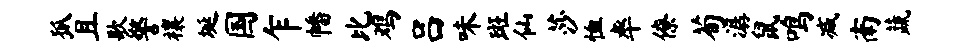
狐且歌警禳埏国乍幡比鸡吕味斑仙莎恤率僚荀潺鼠鸣减南蔬